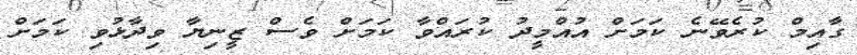
ގާއިމް ކުރެވޭނެ ކަމަށް އުއްމީދު ކުރައްވާ ކަމަށް ވެސް ޒީނިޔާ ވިދާޅުވި ކަމަށް